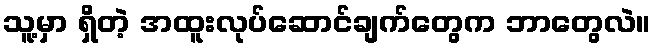
သူ့မှာ ရှိတဲ့ အထူးလုပ်ဆောင်ချက်တွေက ဘာတွေလဲ။